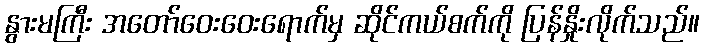
နွားမကြီး အတော်ဝေးဝေးရောက်မှ ဆိုင်ကယ်စက်ကို ပြန်နှိုးလိုက်သည်။